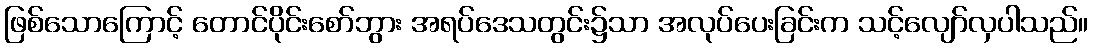
ဖြစ်သောကြောင့် တောင်ပိုင်းစော်ဘွား အရပ်ဒေသတွင်း၌သာ အလုပ်ပေးခြင်းက သင့်လျော်လှပါသည်။